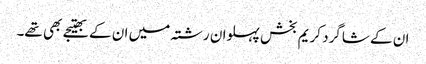
ان کے شاگرد کریم بخش پہلوان رشتہ میں ان کے بھتیجے بھی تھے۔